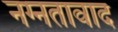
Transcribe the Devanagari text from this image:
नग्नतावाद